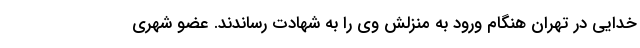
خدایی در تهران هنگام ورود به منزلش وی را به شهادت رساندند. عضو شهری